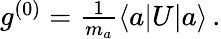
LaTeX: \begin{array}{r}{g^{(0)}=\frac{1}{m_{a}}\langle a\vert U\vert a\rangle\, .}\end{array}